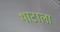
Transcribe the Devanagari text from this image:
थाटाला